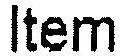
ITEM